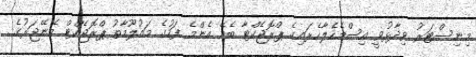
މިނިސްޓަރު ވިދާޅުވީ އިސްމެހެލާހެރައިގެ ޕްރޮޖެކްޓާ ބެހޭ އެންމެ ފަހުގެ މައުލޫމާތު ޕްރޮޖެކްޓް މޭނޭޖަރުގެ